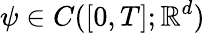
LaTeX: \psi\in C([0,T];\mathbb{R}^{d})